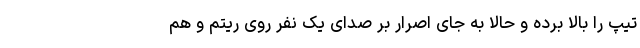
تیپ را بالا برده و حالا به جای اصرار بر صدای یک نفر روی ریتم و هم